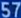
s57s5